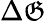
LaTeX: \Delta\mathfrak{G}